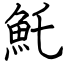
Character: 魠